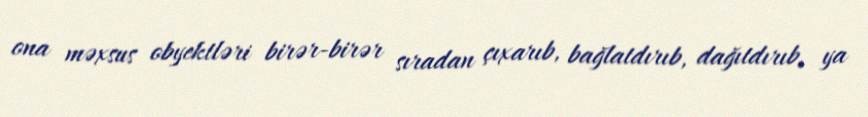
ona məxsus obyektləri birər-birər sıradan çıxarıb, bağlatdırıb, dağıtdırıb, ya